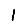
Digit: 1